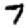
Digit: 7